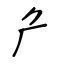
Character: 厃